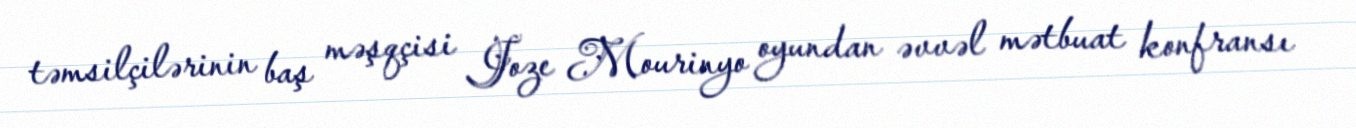
təmsilçilərinin baş məşqçisi Joze Mourinyo oyundan əvvəl mətbuat konfransı